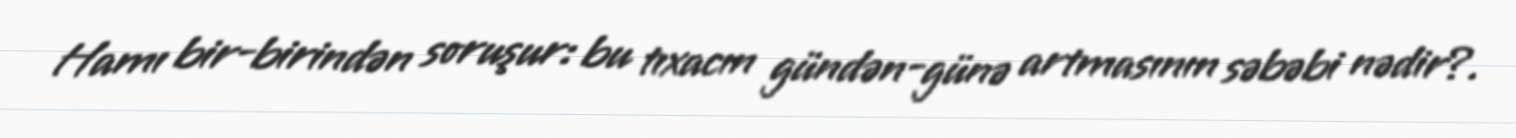
Hamı bir-birindən soruşur: bu tıxacın gündən-günə artmasının səbəbi nədir?.